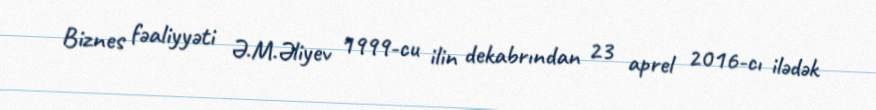
Biznes fəaliyyəti Ə.M.Əliyev 1999-cu ilin dekabrından 23 aprel 2016-cı ilədək